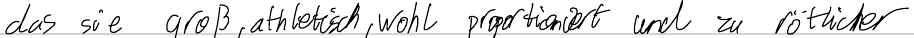
das sie groß, athletisch, wohl proportioniert und zu rötlicher